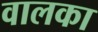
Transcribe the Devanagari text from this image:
वालका